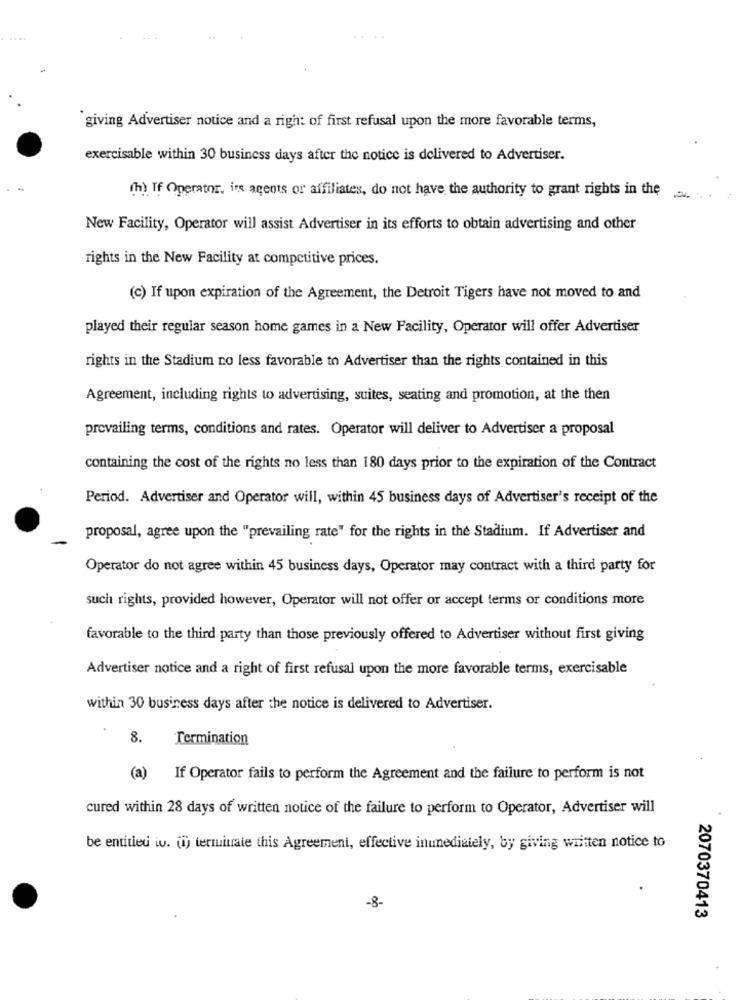
giving Advertiser notice and a righ: of first refusal upon the more favorable terms,
exercisable within 30 business days after the notice is delivered to Advertiser.
(h) If Operator, irs agents or affiliates, do not have the authority to grant rights in the
New Facility, Operator will assist Advertiser in its efforts to obtain advertising and other
rights in the New Facility at competitive prices.
(c) If upon expiration of the Agreement, the Detroit Tigers have not moved to and
played their regular season home games in a New Facility, Operator will offer Advertiser
rights in the Stadium no less favorable to Advertiser than the rights contained in this
Agreement, including rights to advertising, suites, seating and promotion, at the then
prevailing terms, conditions and rates. Operator will deliver to Advertiser a proposal
containing the cost of the rights no less than 180 days prior to the expiration of the Contract
Period. Advertiser and Operator will, within 45 business days of Advertiser's receipt of the
proposal, agree upon the "prevailing rate" for the rights in the Stadium. If Advertiser and
Operator do not agree within 45 business days, Operator may contract with a third party for
such rights, provided however, Operator will not offer or accept terms or conditions more
favorable to the third party than those previously offered to Advertiser without first giving
Advertiser notice and a right of first refusal upon the more favorable terms, exercisable
within 30 business days after the notice is delivered to Advertiser.
8.
Termination
(a) If Operator fails to perform the Agreement and the failure to perform is not
cured within 28 days of written notice of the failure to perform to Operator, Advertiser will
be entitled iv. () terminale this Agreement, effective inunediately, by giving written notice to
-8-
2070370413